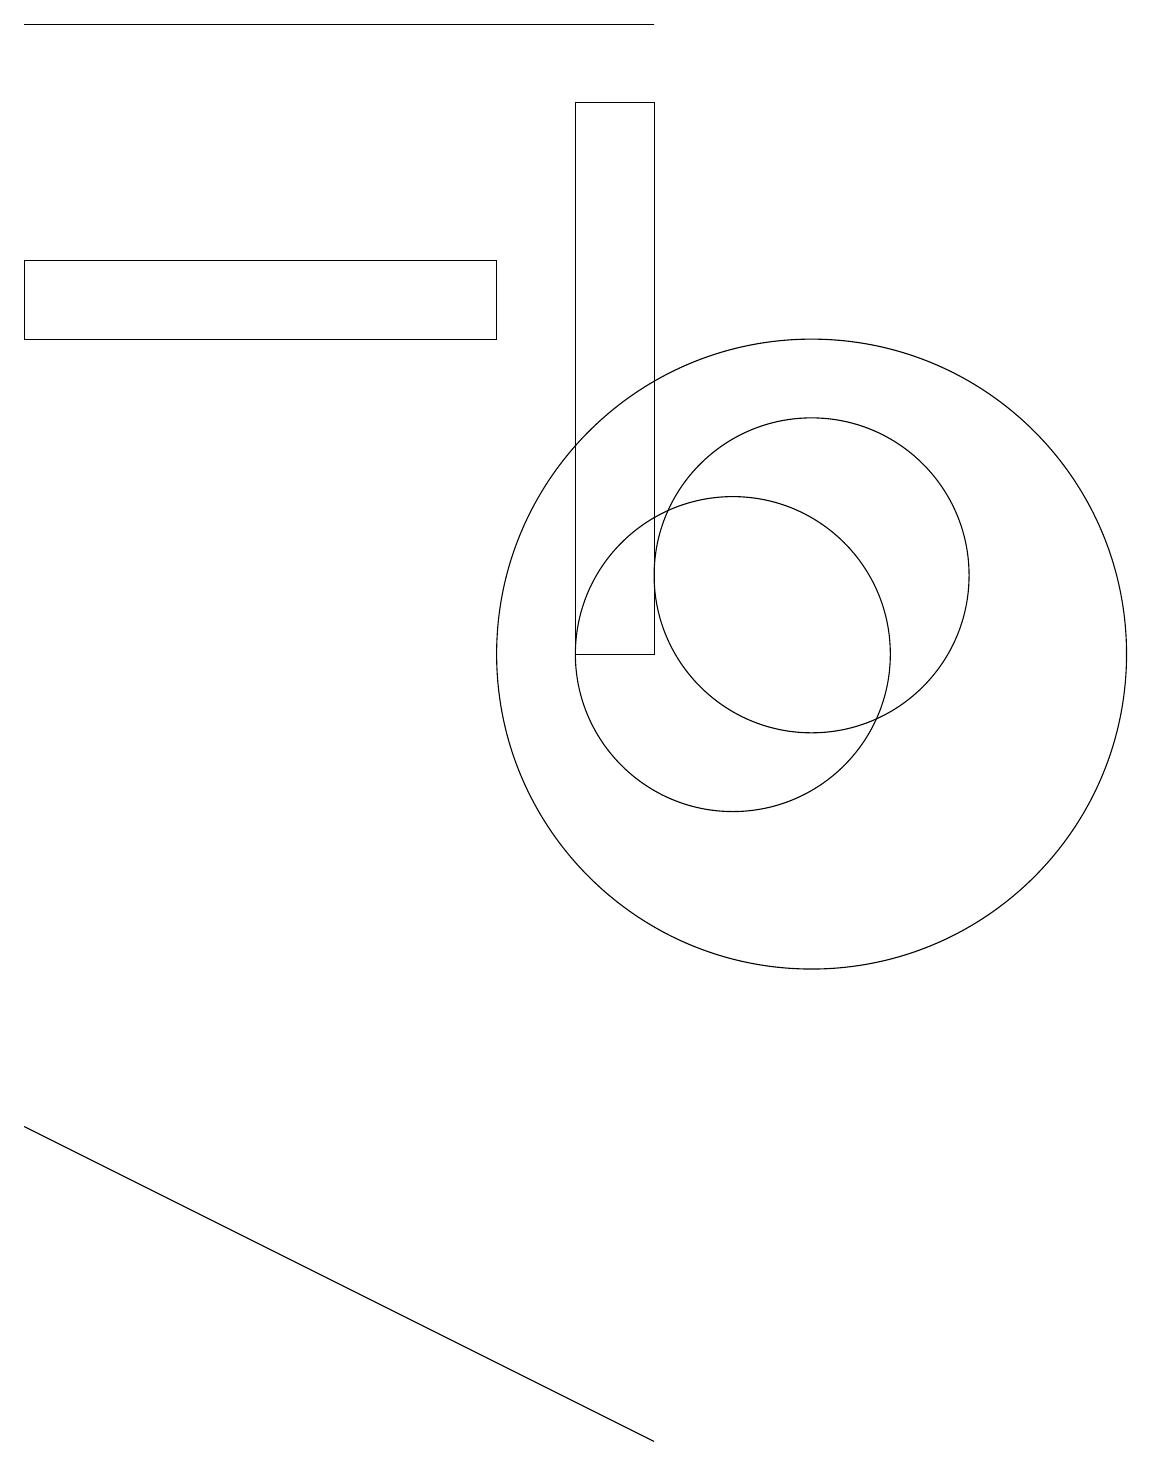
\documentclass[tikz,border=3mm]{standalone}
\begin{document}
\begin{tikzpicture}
\draw (1,18) rectangle (9,18);
\draw (10,10) circle (2);
\draw (11,10) circle (4);
\draw (7,15) rectangle (1,14);
\draw (9,0) -- (5,2) -- (1,4) -- cycle;
\draw (11,11) circle (2);
\draw (9,10) rectangle (8,17);
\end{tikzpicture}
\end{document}